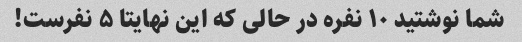
شما نوشتید ۱۰ نفره در حالی که این نهایتا ۵ نفرست!